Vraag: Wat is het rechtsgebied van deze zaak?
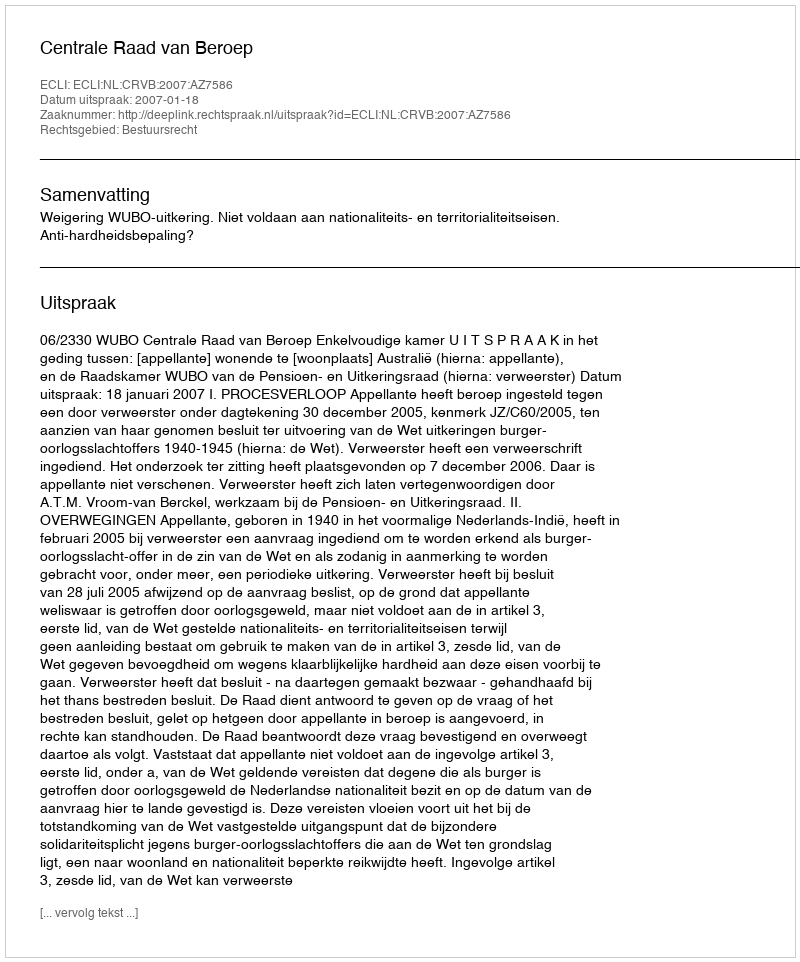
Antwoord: Bestuursrecht